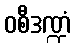
ဝစီဒဏ္ဍံ